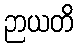
ဉာယတိ